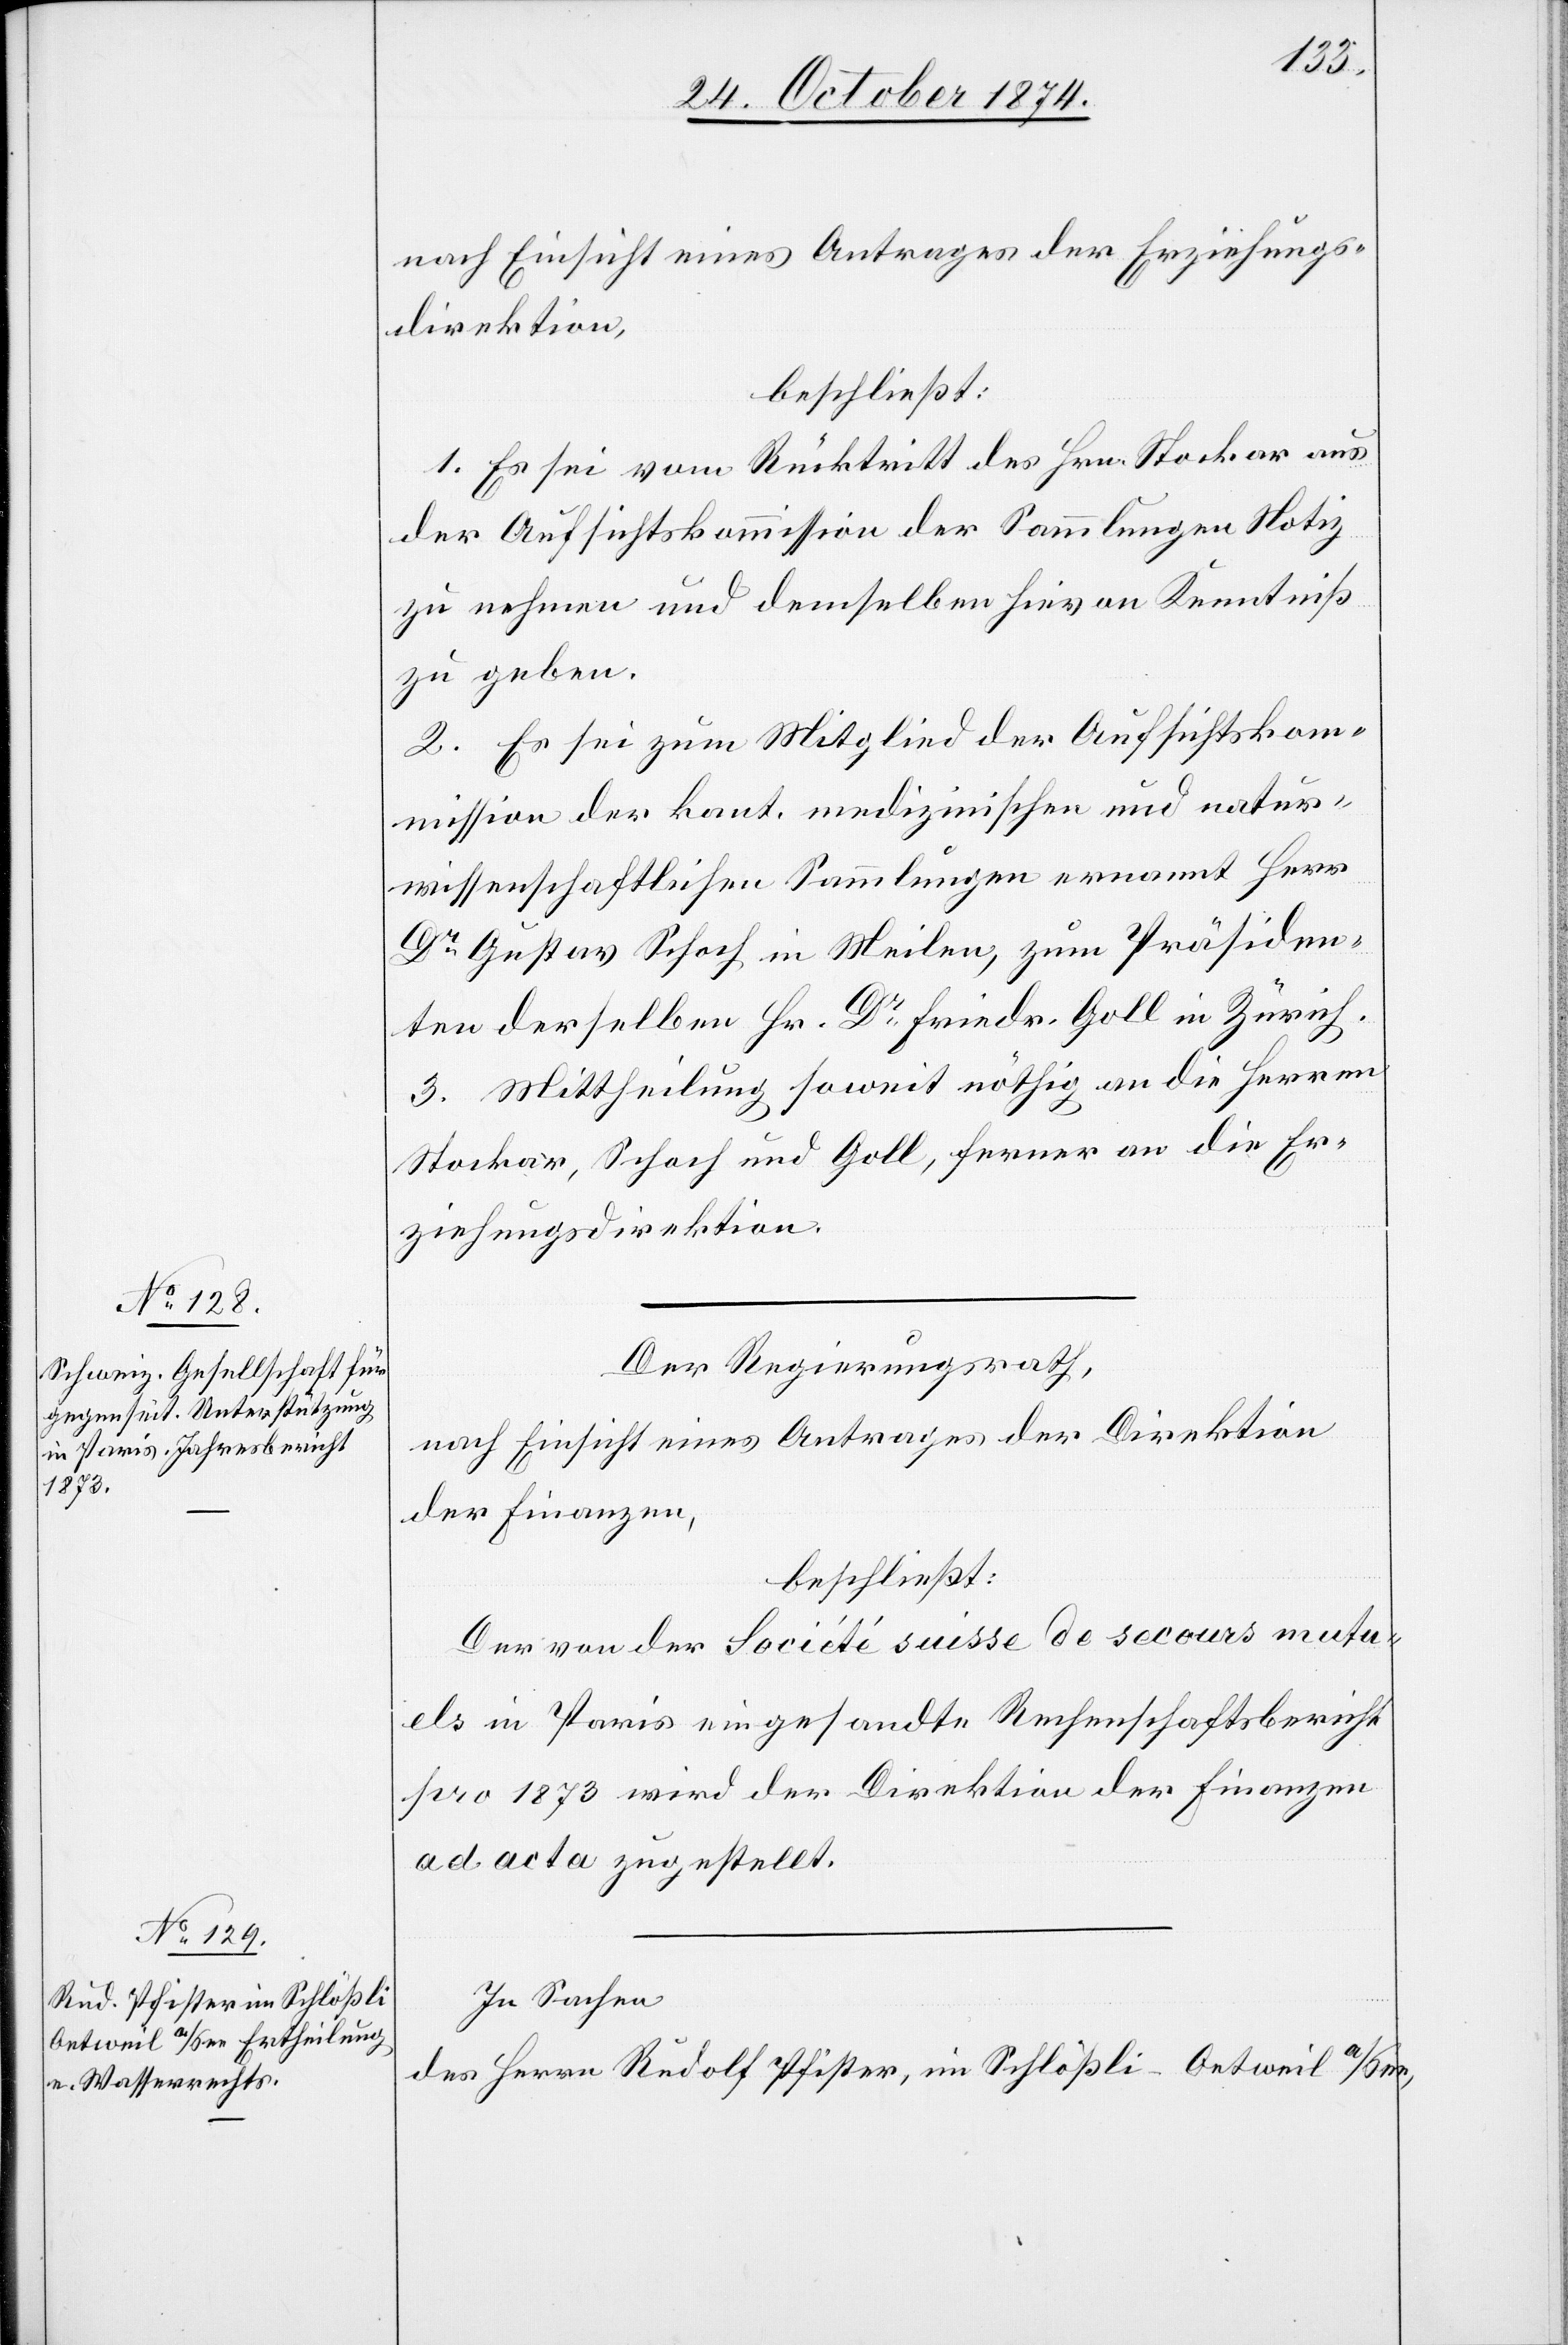
nach Einsicht eines Antrages der Erziehungs¬
direktion,
beschließt:
1. Es sei vom Rücktritt des Hrn. Stockar aus
der Aufsichtskommission der Sammlungen Notiz
zu nehmen und demselben hievon Kenntniß
zu geben.
2. Es sei zum Mitglied der Aufsichtskom¬
mission der kant. medizinischen und natur¬
wissenschaftlichen Sammlungen ernannt Herr
Dr Gustav Schoch in Meilen, zum Präsiden¬
ten derselben Hr. Dr Friedr. Goll in Zürich.
3. Mittheilung soweit nöthig an die Herren
Stockar-Schoch und Goll, ferner an die Er¬
ziehungsdirektion.
Der Regierungsrath,
nach Einsicht eines Antrages der Direktion
der Finanzen,
beschließt:
Der von der Société suisse de secours mutu¬
els in Paris eingesandte Rechenschaftsbericht
pro 1873 wird der Direktion der Finanzen
ad acta zugestellt.
In Sachen
des Herrn Rudolf Pfister, im Schlößli - Oetweil a/See,